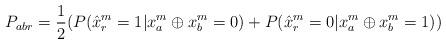
LaTeX: \begin{align*}\begin{aligned}P_{abr} = \frac{1}{2} ( P(\hat x_r^m = 1 | x^m_a \oplus x^m_b = 0 ) + P(\hat x^m_r = 0 | x^m_a \oplus x^m_b = 1 ))\end{aligned}\end{align*}